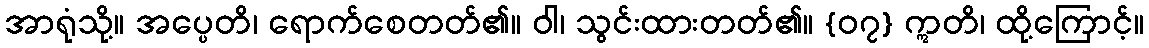
အာရုံသို့။ အပ္ပေတိ၊ ရောက်စေတတ်၏။ ဝါ၊ သွင်းထားတတ်၏။ {၀၇} ဣတိ၊ ထို့ကြောင့်။